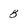
Character: 8